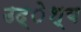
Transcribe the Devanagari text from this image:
उद्ेश्य